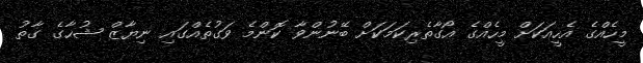
މީހެއްގެ އެހީއަކަށް މީހެއްގެ އޯގާތެރިކަމަކަށް ބޭނުންވާ ކޮންމެ ވަގުތެއްގައި ނިޔާޒް ޝުހާގެ ގާތު